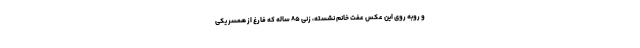
و روبه روی این عکس عفت خانم نشسته، زنی ۸۵ ساله که فارغ از همسر یکی